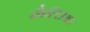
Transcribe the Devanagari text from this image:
कैल्लिअउ